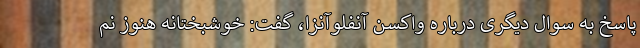
پاسخ به سوال دیگری درباره واکسن آنفلوآنزا، گفت: خوشبختانه هنوز نم